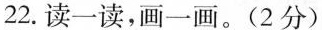
22.读一读，画一画。(2分)